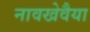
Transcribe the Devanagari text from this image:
नावखेवैया